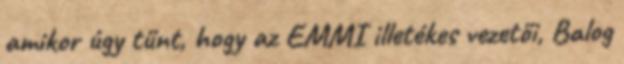
amikor úgy tűnt, hogy az EMMI illetékes vezetői, Balog